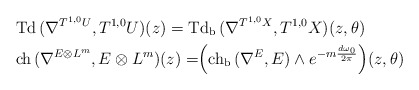
\begin{align*} &\mathrm{Td\,}(\nabla^{T^{1,0}U},T^{1,0}U)(z)=\mathrm{Td_b\,}(\nabla^{T^{1,0}X},T^{1,0}X)(z,\theta) \\&\mathrm{ch\,}(\nabla^{E\otimes L^m},E\otimes L^m)(z)=\Bigr(\mathrm{ch_b\,}(\nabla^{E},E)\wedge e^{-m\frac{d\omega_0}{2\pi}}\Bigr)(z,\theta)\end{align*}